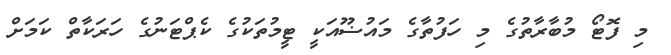
މި ފޮޓޯ މުބާރާތުގެ މި ހަފުތާގެ މައުޟޫއަކީ ޓީމުތަކުގެ ކެޕްޓަނުގެ ހަރަކާތް ކަމަށް